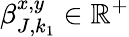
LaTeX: \beta_{J,k_{1}}^{x,y}\in\mathbb{R}^{+}